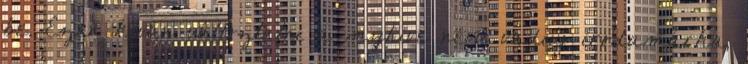
be. Ezen kíván változtatni a myhive nevű vadiúj irodamárka,